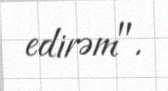
edirəm".